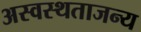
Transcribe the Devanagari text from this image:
अस्वस्थताजन्य